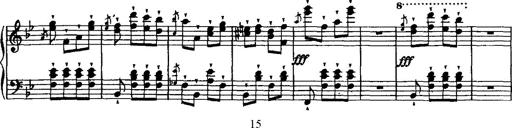
Title: Grande valse di bravura
Composer: Franz Liszt